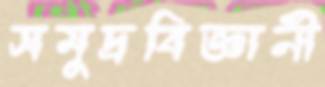
সমুদ্রবিজ্ঞানী